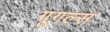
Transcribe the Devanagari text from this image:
गूगल्स